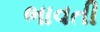
ભાવતી